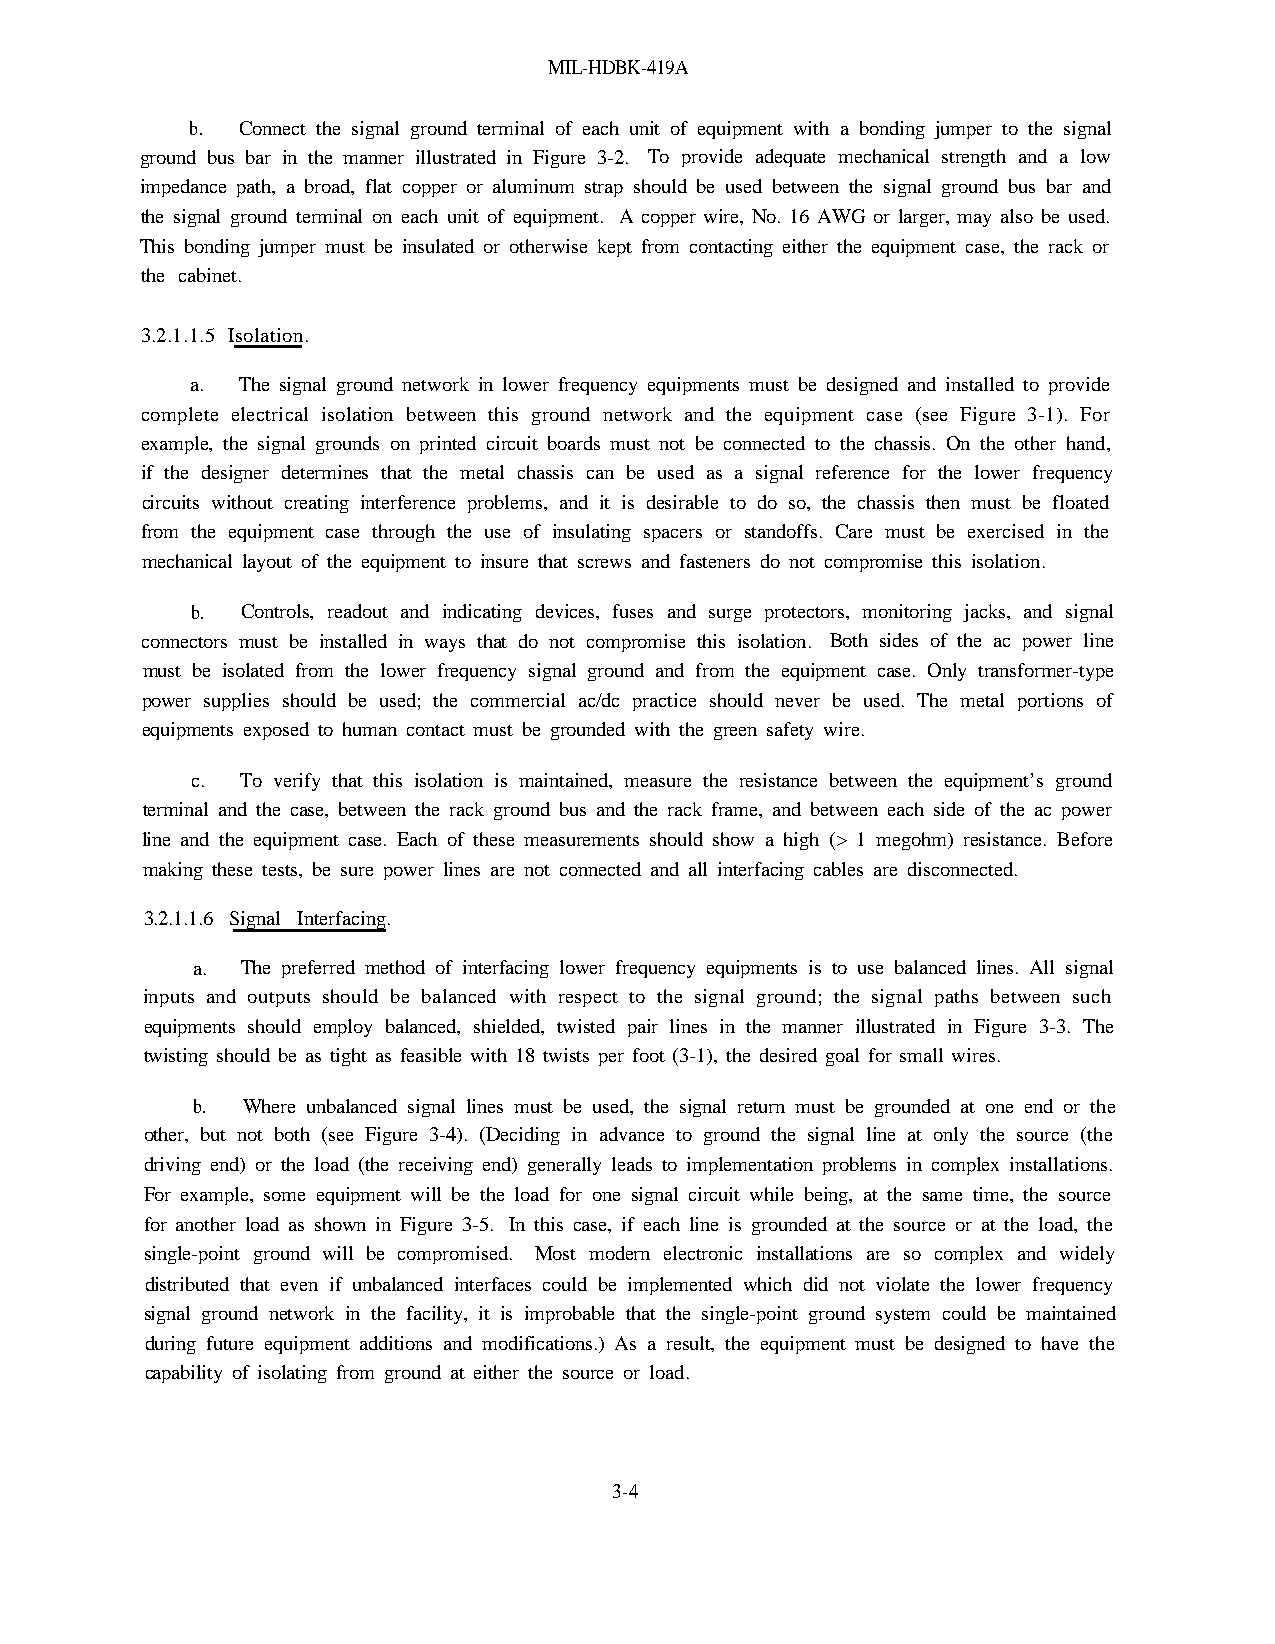
MIL-HDBK-419A
 b. Connect the signal ground terminal of each unit of equipment with a bonding jumper to the signal
 ground bus bar in the manner illustrated in Figure 3-2. To provide adequate mechanical strength and a low
 impedance path, a broad, flat copper or aluminum strap should be used between the signal ground bus bar and
 the signal ground terminal on each unit of equipment. A copper wire, No. 16 AWG or larger, may also be used.
 This bonding jumper must be insulated or otherwise kept from contacting either the equipment case, the rack or
 the cabinet.
 3.2.1.1.5 Isolation.
 a. The signal ground network in lower frequency equipments must be designed and installed to provide
 complete electrical isolation between this ground network and the equipment case (see Figure 3-1). For
 example, the signal grounds on printed circuit boards must not be connected to the chassis. On the other hand,
 if the designer determines that the metal chassis can be used as a signal reference for the lower frequency
 circuits without creating interference problems, and it is desirable to do so, the chassis then must be floated
 from the equipment case through the use of insulating spacers or standoffs. Care must be exercised in the
 mechanical layout of the equipment to insure that screws and fasteners do not compromise this isolation.
 b. Controls, readout and indicating devices, fuses and surge protectors, monitoring jacks, and signal
 connectors must be installed in ways that do not compromise this isolation. Both sides of the ac power line
 must be isolated from the lower frequency signal ground and from the equipment case. Only transformer-type
 power supplies should be used; the commercial ac/dc practice should never be used. The metal portions of
 equipments exposed to human contact must be grounded with the green safety wire.
 c. To verify that this isolation is maintained, measure the resistance between the equipment’s ground
 terminal and the case, between the rack ground bus and the rack frame, and between each side of the ac power
 line and the equipment case. Each of these measurements should show a high (> 1 megohm) resistance. Before
 making these tests, be sure power lines are not connected and all interfacing cables are disconnected.
 3.2.1.1.6 Signal Interfacing.
 a. The preferred method of interfacing lower frequency equipments is to use balanced lines. All signal
 inputs and outputs should be balanced with respect to the signal ground; the signal paths between such
 equipments should employ balanced, shielded, twisted pair lines in the manner illustrated in Figure 3-3. The
 twisting should be as tight as feasible with 18 twists per foot (3-1), the desired goal for small wires.
 b. Where unbalanced signal lines must be used, the signal return must be grounded at one end or the
 other, but not both (see Figure 3-4). (Deciding in advance to ground the signal line at only the source (the
 driving end) or the load (the receiving end) generally leads to implementation problems in complex installations.
 For example, some equipment will be the load for one signal circuit while being, at the same time, the source
 for another load as shown in Figure 3-5. In this case, if each line is grounded at the source or at the load, the
 single-point ground will be compromised. Most modern electronic installations are so complex and widely
 distributed that even if unbalanced interfaces could be implemented which did not violate the lower frequency
 signal ground network in the facility, it is improbable that the single-point ground system could be maintained
 during future equipment additions and modifications.) As a result, the equipment must be designed to have the
 capability of isolating from ground at either the source or load.
 3-4